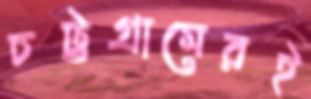
চট্টগ্রামেরই